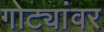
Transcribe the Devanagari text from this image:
गोट्यांवर